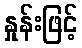
နှုန်းဖြင့်